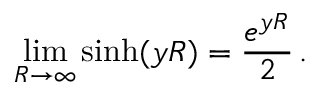
\operatorname * { l i m } _ { R \to \infty } \sinh ( y R ) = \frac { e ^ { y R } } { 2 } \, { . }